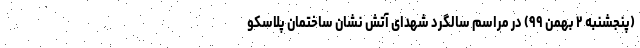
(پنجشنبه ۲ بهمن ۹۹) در مراسم سالگرد شهدای آتش نشان ساختمان پلاسکو